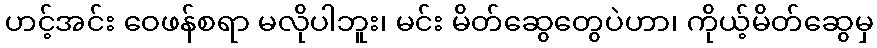
ဟင့်အင်း ဝေဖန်စရာ မလိုပါဘူး၊ မင်း မိတ်ဆွေတွေပဲဟာ၊ ကိုယ့်မိတ်ဆွေမှ